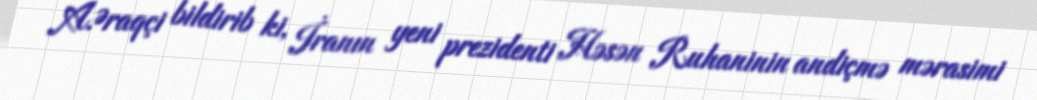
A.Əraqçi bildirib ki, İranın yeni prezidenti Həsən Ruhaninin andiçmə mərasimi